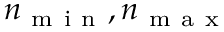
n _ { \mathrm { ~ m ~ i ~ n ~ } } , n _ { \mathrm { ~ m ~ a ~ x ~ } }